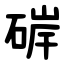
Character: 硸